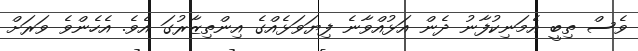
ވެސް ތިބީ އެމަނިކުފާނު ދެން އަޅުއްވާނެ ފިޔަވަޅެއްގެ އިންތިޒާރުގަ އެވެ. އެހެންވެ ވަރަށް